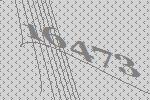
16473